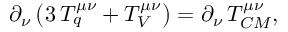
\partial _ { \nu } \left( 3 \, { \cal T } _ { q } ^ { \mu \nu } + { \cal T } _ { V } ^ { \mu \nu } \right) = \partial _ { \nu } \, { \cal T } _ { C M } ^ { \mu \nu } ,